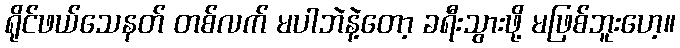
ရိုင်ဖယ်သေနတ် တစ်လက် မပါဘဲနဲ့တော့ ခရီးသွားဖို့ မဖြစ်ဘူးဟေ့။